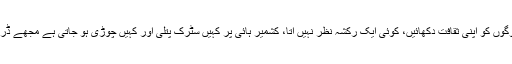
جسٹس گلزار احمد نے کہاکہ رکشے لے کر آئیں لوگوں کو اپنی ثقافت دکھائیں، کوئی ایک رکشہ نظر نہیں آتا، کشمیر ہائی پر کہیں سٹرک پتلی اور کہیں چوڑی ہو جاتی ہے مجھے ڈر لگتا ہے کہ میرا ڈرائیور فٹ پاتھ پر نہ چڑھا دے۔